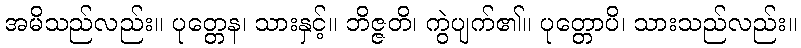
အမိသည်လည်း။ ပုတ္တေန၊ သားနှင့်။ ဘိဇ္ဇတိ၊ ကွဲပျက်၏။ ပုတ္တောပိ၊ သားသည်လည်း။